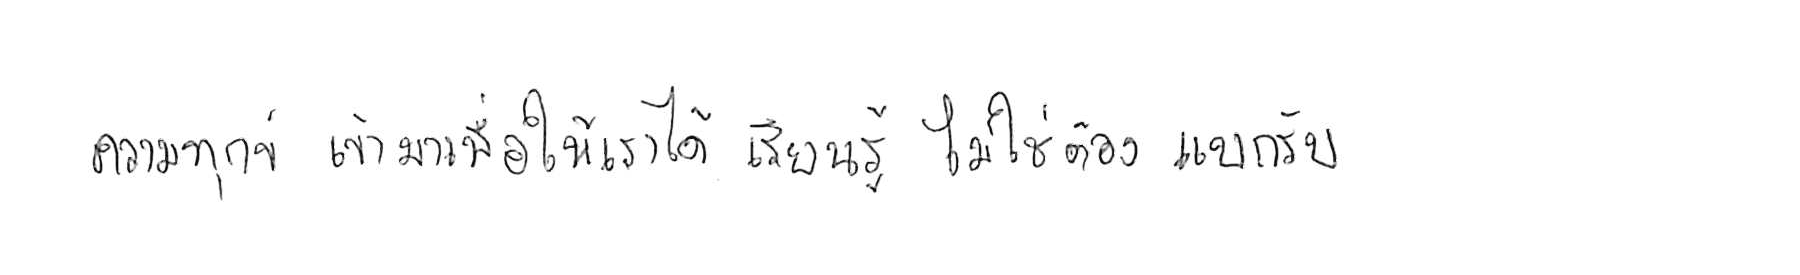
ความทุกข์ เข้ามาเพื่อให้เราได้ เรียนรู้ ไม่ใช่ต้อง แบกรับ